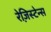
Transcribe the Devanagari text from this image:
रेज़िस्टेन्स